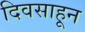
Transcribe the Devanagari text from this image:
दिवसाहून